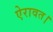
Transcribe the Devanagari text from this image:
ऐरावत।